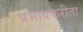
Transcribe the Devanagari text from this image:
प्रभावकरीता